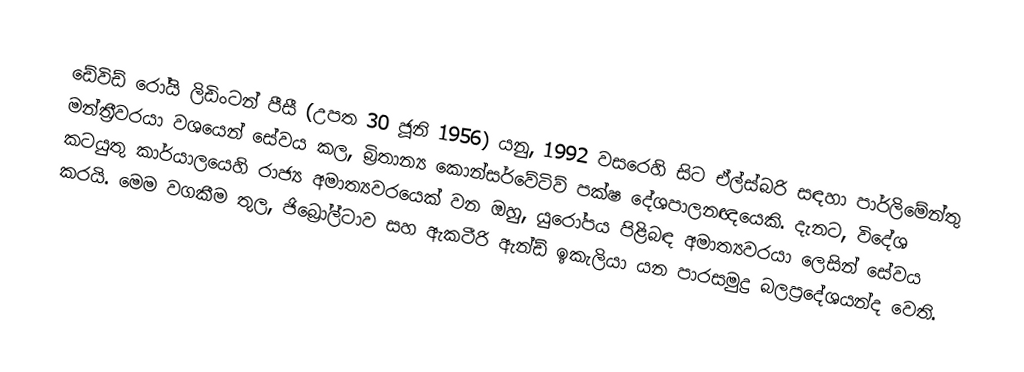
ඩේවිඩ් රෝයි ලිඩිංටන් පීසී (උපත 30 ජූනි 1956) යනු, 1992 වසරෙහි සිට   ඒල්ස්බරි සඳහා පාර්ලිමේන්තු මන්ත්‍රීවරයා වශයෙන් සේවය කල,  බ්‍රිතාන්‍ය  කොන්සර්වේටිව් පක්ෂ දේශපාලනඥයෙකි. දැනට,  විදේශ කටයුතු කාර්යාලයෙහි රාජ්‍ය අමාත්‍යවරයෙක් වන ඔහු, යුරෝපය පිළිබඳ අමාත්‍යවරයා ලෙසින් සේවය කරයි. මෙම වගකීම තුල,  ජිබ්‍රෝල්ටාව සහ ඇකටීරි ඇන්ඩ් ඉකැලියා යන පාරසමුද්‍ර බලප්‍රදේශයන්ද වෙති.